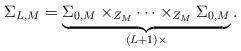
LaTeX: \begin{align*}\Sigma_{L, M} = \underbrace{\Sigma_{0,M} \times_{Z_M} \dots \times_{Z_M} \Sigma_{0,M}}_{(L+1) \times}.\end{align*}